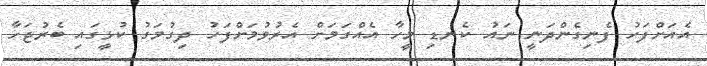
އެއަށްފަހު ފެނިގެންދަނީ ނައު ކެނޑި މީހާ އެއްގަމަށް އެރުވުމަށްފަހު ދިގުމަގު ކުޅީގައި ބެރުޖަހާ